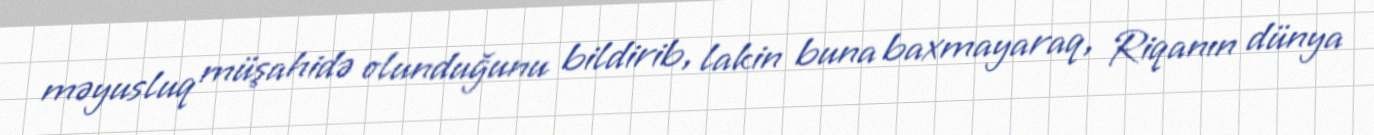
məyusluq müşahidə olunduğunu bildirib, lakin buna baxmayaraq, Riqanın dünya